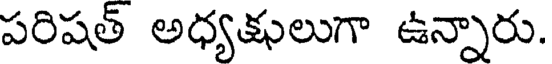
పరిషత్ అధ్యక్షులుగా ఉన్నారు.